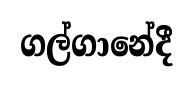
ගල්ගානේදී